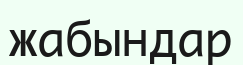
жабындар